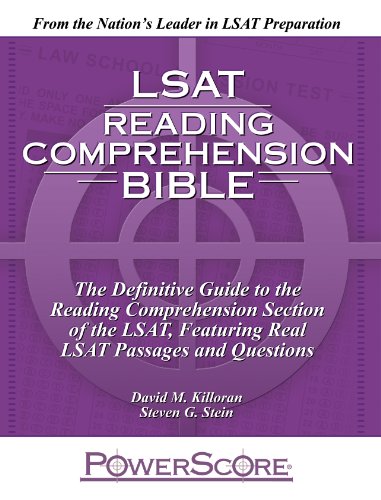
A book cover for The PowerScore LSAT Reading Comprehension Bible; David M. Killoran; Test Preparation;